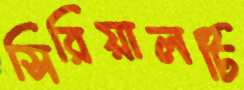
সিরিয়ালটি